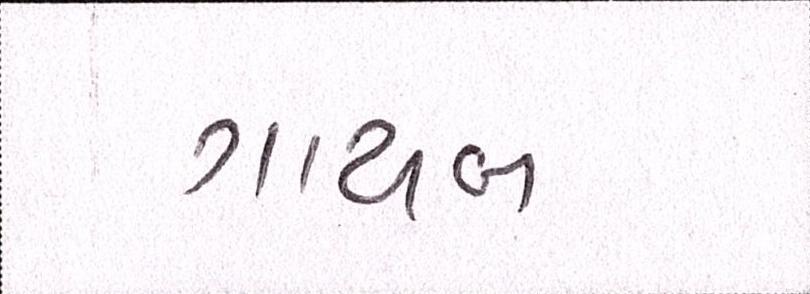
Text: ગાયબ